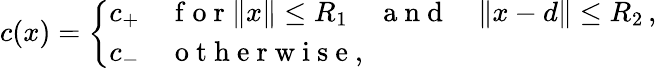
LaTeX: c(x)=\left\{ \begin{array}{ll}{c_{+}}&{\mathrm{~f~o~r~}\| x\| \leq R_{1}\quad\mathrm{~a~n~d~}\quad\| x-d\| \leq R_{2}\, ,}\\ {c_{-}}&{\mathrm{~o~t~h~e~r~w~i~s~e~},}\end{array}\right.